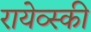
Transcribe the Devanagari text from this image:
रायेव्स्की